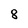
Character: 8